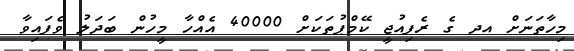
މިހާތަނަށް އދ ގެ ރެފިއުޖީ ކޭމްޕުތަކަށް 40000 އެއްހާ މީހުން ބަދަލު ވެފައިވާ